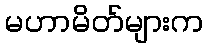
မဟာမိတ်များက